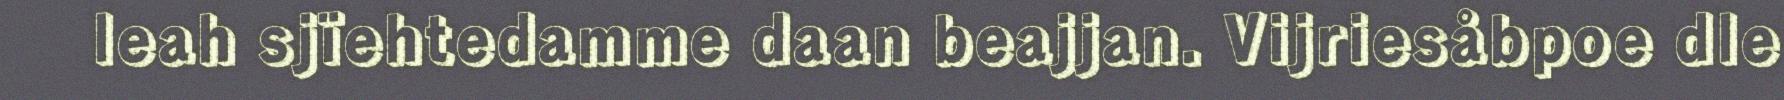
leah sjïehtedamme daan beajjan. Vijriesåbpoe dle